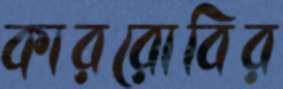
কাররোবির